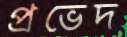
প্রভেদ